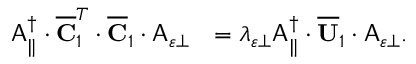
\begin{array} { r l } { \mathsf { A } _ { \parallel } ^ { \dagger } \cdot \overline { { \mathbf { C } } } _ { 1 } ^ { T } \cdot \overline { { \mathbf { C } } } _ { 1 } \cdot \mathsf { A } _ { \varepsilon \perp } } & { = \lambda _ { \varepsilon \perp } \mathsf { A } _ { \parallel } ^ { \dagger } \cdot \overline { { \mathbf { U } } } _ { 1 } \cdot \mathsf { A } _ { \varepsilon \perp } . } \end{array}